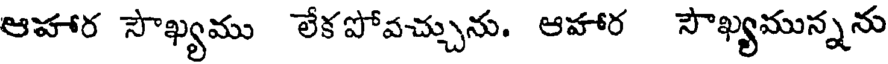
ఆహార సౌఖ్యము లేకపోవచ్చును. ఆహార సౌఖ్యమున్నను